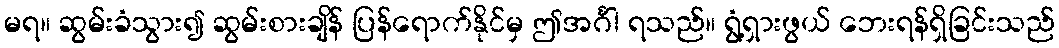
မရ။ ဆွမ်းခံသွား၍ ဆွမ်းစားချိန် ပြန်ရောက်နိုင်မှ ဤအင်္ဂါ ရသည်။ ရွံ့ရှားဖွယ် ဘေးရန်ရှိခြင်းသည်